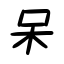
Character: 呆